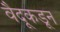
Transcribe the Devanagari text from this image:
वैदूकडून